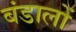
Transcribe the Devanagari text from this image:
बंडालों